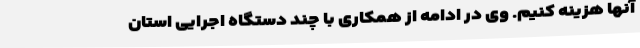
آنها هزینه کنیم. وی در ادامه از همکاری با چند دستگاه اجرایی استان